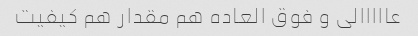
عااااالی و فوق العاده هم مقدار هم کیفیت